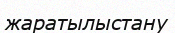
жаратылыстану